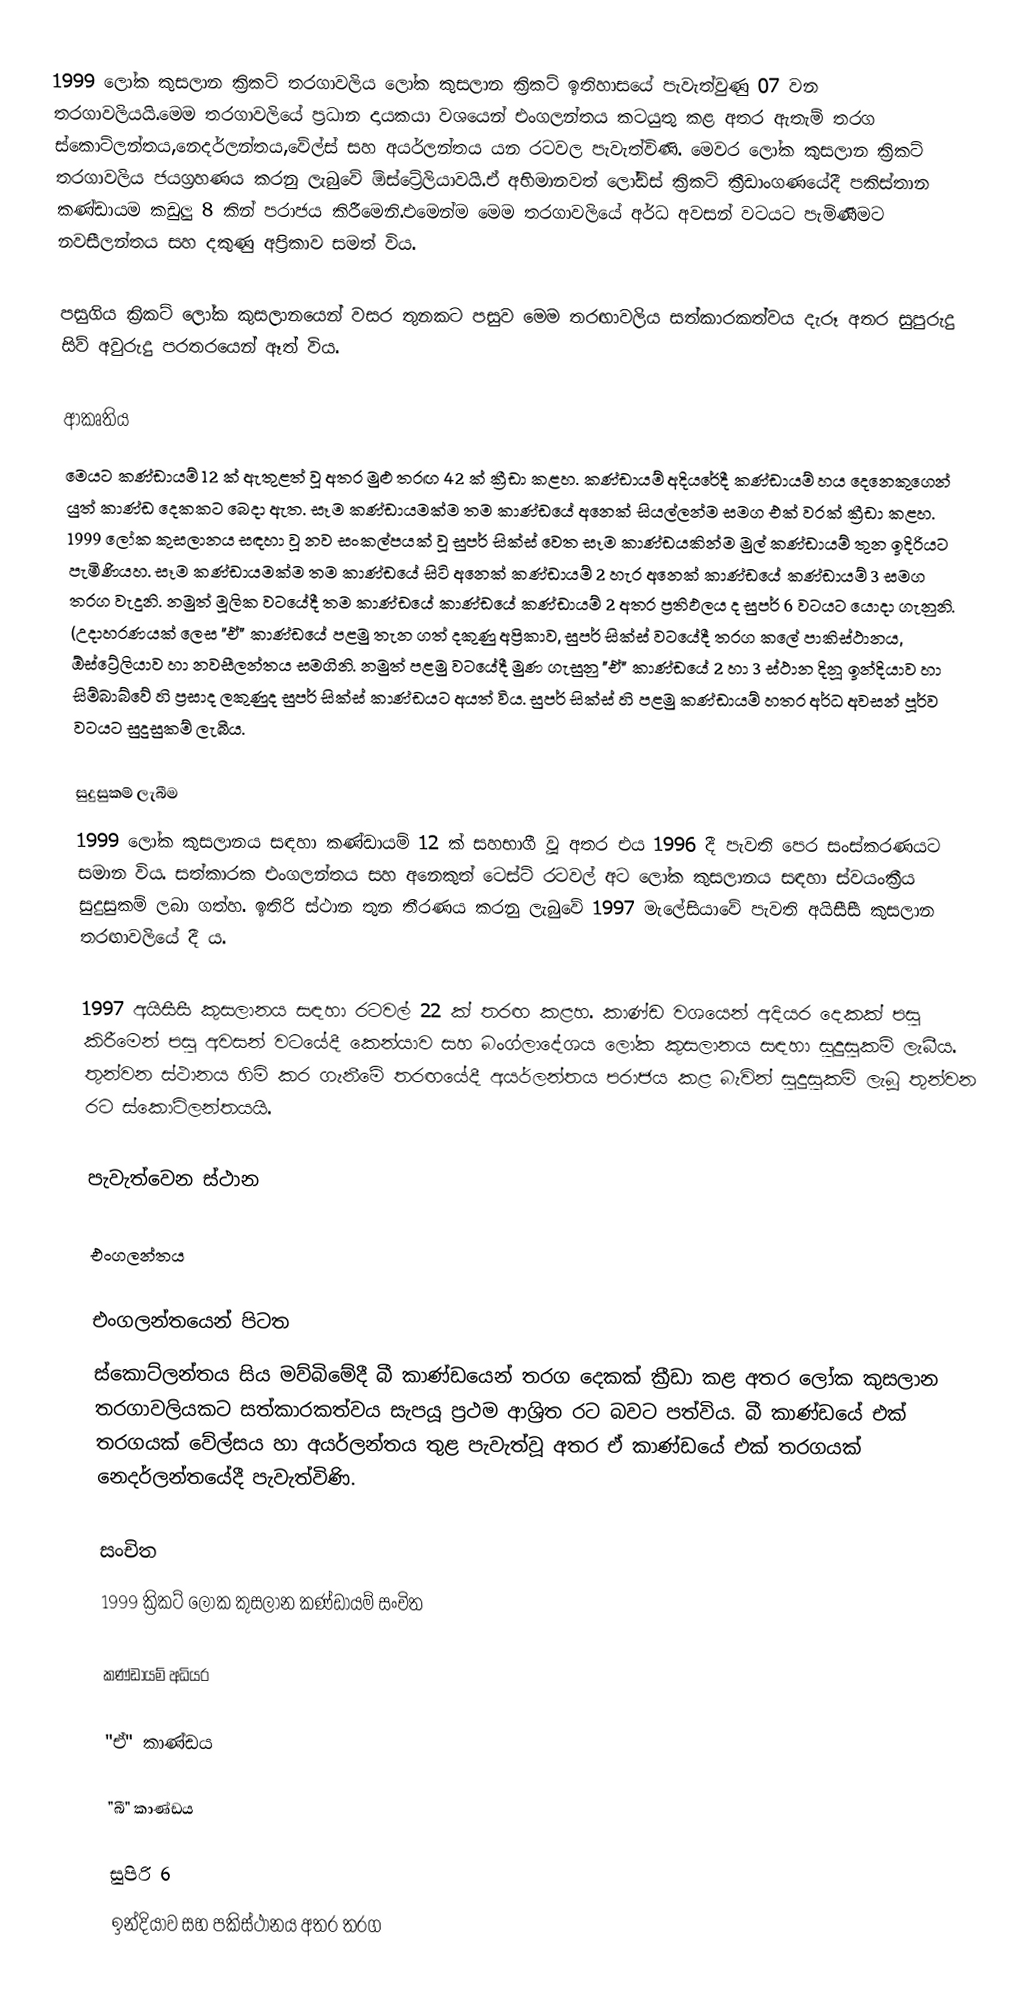
1999 ලෝක කුසලාන ක්‍රිකට් තරගාවලිය ලෝක කුසලාන ක්‍රිකට් ඉතිහාසයේ පැවැත්වුණු 07 වන තරගාවලියයි.මෙම තරගාවලියේ ප්‍රධාන දායකයා වශයෙන් එංගලන්තය කටයුතු කළ අතර ඇතැම් තරග ස්කොට්ලන්තය,නෙදර්ලන්තය,වේල්ස් සහ අයර්ලන්තය යන රටවල පැවැත්විණි. මෙවර ලෝක කුසලාන ක්‍රිකට් තරගාවලිය ජයග්‍රහණය කරනු ලැබුවේ ඕස්ට්‍රේලියාවයි.ඒ අභිමානවත් ලෝඩ්ස් ක්‍රිකට් ක්‍රීඩාංගණයේදී  පකිස්තාන කණ්ඩායම කඩුලු 8 කින් පරාජය කිරීමෙනි.එමෙන්ම මෙම තරගාවලියේ අර්ධ අවසන් වටයට පැමිණීමට නවසීලන්තය සහ දකුණු අප්‍රිකාව සමත් විය.

පසුගිය ක්‍රිකට් ලෝක කුසලානයෙන් වසර තුනකට පසුව මෙම තරඟාවලිය සත්කාරකත්වය දැරූ අතර සුපුරුදු සිව් අවුරුදු පරතරයෙන් ඈත් විය.

ආකෘතිය
මෙයට කණ්ඩායම් 12 ක් ඇතුළත් වූ අතර මුළු තරඟ 42 ක් ක්‍රීඩා කළහ. කණ්ඩායම් අදියරේදී කණ්ඩායම් හය දෙනෙකුගෙන් යුත් කාණ්ඩ දෙකකට බෙදා ඇත. සෑම කණ්ඩායමක්ම තම කාණ්ඩයේ අනෙක් සියල්ලන්ම සමග එක් වරක් ක්‍රීඩා කළහ. 1999 ලෝක කුසලානය සඳහා වූ නව සංකල්පයක් වූ සුපර් සික්ස් වෙත සෑම කාණ්ඩයකින්ම මුල් කණ්ඩායම් තුන ඉදිරියට පැමිණියහ. සෑම කණ්ඩායමක්ම තම කාණ්ඩයේ සිටි අනෙක් කණ්ඩායම් 2 හැර අනෙක් කාණ්ඩයේ කණ්ඩායම් 3 සමග තරග වැදුනි. නමුත් මූලික වටයේදී තම කාණ්ඩයේ කාණ්ඩයේ කණ්ඩායම් 2 අතර ප්‍රතිඵලය ද සුපර් 6 වටයට යොදා ගැනුනි. (උදාහරණයක් ලෙස "ඒ" කාණ්ඩයේ පළමු තැන ගත් දකුණු අප්‍රිකාව, සුපර් සික්ස් වටයේදී තරග කලේ පාකිස්ථානය, ඕස්ට්‍රේලියාව හා නවසීලන්තය සමගිනි. නමුත් පළමු වටයේදී මුණ ගැසුනු "ඒ" කාණ්ඩයේ 2 හා 3 ස්ථාන දිනූ ඉන්දියාව හා සිම්බාබ්වේ හි ප්‍රසාද ලකුණුද සුපර් සික්ස් කාණ්ඩයට අයත් විය. සුපර් සික්ස් හි පළමු කණ්ඩායම් හතර අර්ධ අවසන් පූර්ව වටයට සුදුසුකම් ලැබීය.

සුදුසුකම් ලැබීම
1999 ලෝක කුසලානය සඳහා කණ්ඩායම් 12 ක් සහභාගී වූ අතර එය 1996 දී පැවති පෙර සංස්කරණයට සමාන විය. සත්කාරක එංගලන්තය සහ අනෙකුත් ටෙස්ට් රටවල් අට ලෝක කුසලානය සඳහා ස්වයංක්‍රීය සුදුසුකම් ලබා ගත්හ. ඉතිරි ස්ථාන තුන තීරණය කරනු ලැබුවේ 1997 මැලේසියාවේ පැවති අයිසීසී කුසලාන තරඟාවලියේ දී ය.

1997 අයිසීසී කුසලානය සඳහා රටවල් 22 ක් තරඟ කළහ. කාණ්ඩ වශයෙන් අදියර දෙකක් පසු කිරීමෙන් පසු අවසන් වටයේදී කෙන්යාව සහ බංග්ලාදේශය ලෝක කුසලානය සඳහා සුදුසුකම් ලැබීය. තුන්වන ස්ථානය හිමි කර ගැනීමේ තරඟයේදී අයර්ලන්තය පරාජය කළ බැවින් සුදුසුකම් ලැබූ තුන්වන රට ස්කොට්ලන්තයයි.

පැවැත්වෙන ස්ථාන

එංගලන්තය

එංගලන්තයෙන් පිටත
ස්කොට්ලන්තය සිය මව්බිමේදී බී කාණ්ඩයෙන් තරග දෙකක් ක්‍රීඩා කළ අතර ලෝක කුසලාන තරගාවලියකට සත්කාරකත්වය සැපයූ ප්‍රථම ආශ්‍රිත රට බවට පත්විය. බී කාණ්ඩයේ එක් තරගයක් වේල්සය හා අයර්ලන්තය තුළ පැවැත්වූ අතර ඒ කාණ්ඩයේ එක් තරගයක් නෙදර්ලන්තයේදී පැවැත්විණි.

සංචිත
1999 ක්‍රිකට් ලෝක කුසලාන කණ්ඩායම් සංචිත

කණ්ඩායම් අධියර

"ඒ" කාණ්ඩය

"බී" කාණ්ඩය

සුපිරි 6
ඉන්දියාව සහ පකිස්ථානය අතර තරග